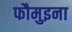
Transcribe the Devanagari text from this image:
फौमुइना